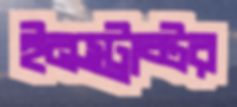
ইনস্ট্রাক্টর